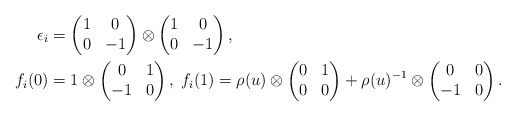
\begin{align*}\epsilon_i&=\begin{pmatrix}1&0\\0&-1\end{pmatrix}\otimes \begin{pmatrix}1&0\\0&-1\end{pmatrix}, \\f_i(0)&=1\otimes \begin{pmatrix}0&1\\-1&0\end{pmatrix},\;f_i(1)= \rho(u)\otimes \begin{pmatrix}0&1\\0&0\end{pmatrix}+\rho(u)^{-1}\otimes \begin{pmatrix}0&0\\-1&0\end{pmatrix}. \end{align*}